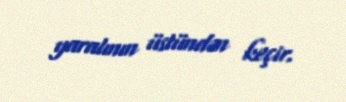
yaralının üstündən keçir.